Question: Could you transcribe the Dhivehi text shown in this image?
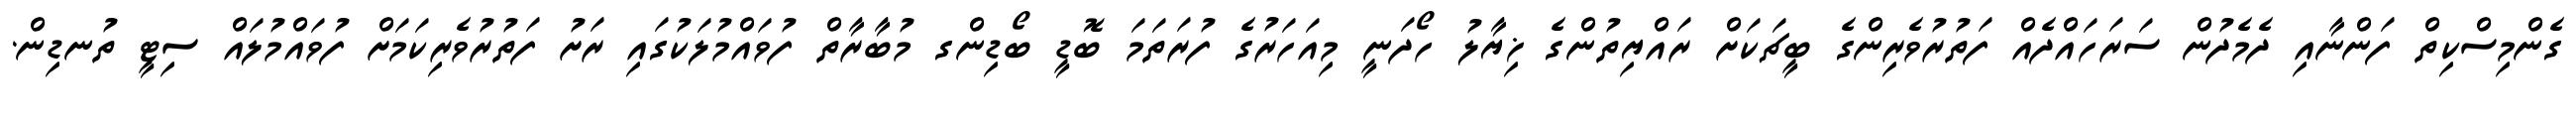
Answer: ގެންމިސްކިތް ފަންނާއި ދެމެދުން ސަރަހައްދެއް ފަތުރުވެރިންގެ ބީޗަކަށް ރައްޔިތުންގެ ޚިޔާލު ހޯދަނީ މިއަހަރުގެ ފުރަތަމަ ބޮޑީ ބޯޑިންގ މުބާރާތް ފުވައްމުލަކުގައި ރަށު ފަތުރުވެރިކަމަށް ފުވައްމުލައް ސިޓީ ތުނޑިން.